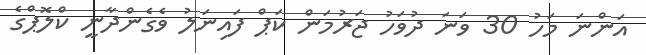
އަންނަ މަހު 30 ވަނަ ދުވަހު ޖަރުމަން ކަޕް ފައިނަލު ވެގެންދާނީ ކްލޮޕްގެ